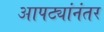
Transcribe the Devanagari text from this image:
आपट्यांनंतर